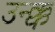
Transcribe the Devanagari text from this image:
उन्क्क